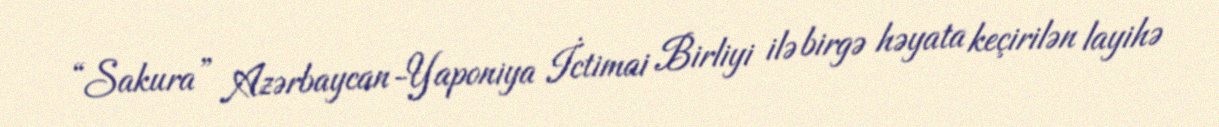
“Sakura” Azərbaycan-Yaponiya İctimai Birliyi ilə birgə həyata keçirilən layihə